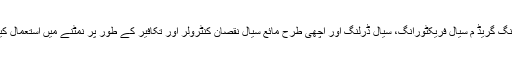
تیل کی ڈرلنگ گریڈ م سیال فریکٹورانگ، سیال ڈرلنگ اور اچھی طرح مائع سیال نقصان کنٹرولر اور تکافیر کے طور پر نمٹنے میں استعمال کیا جاتا ہے ۔